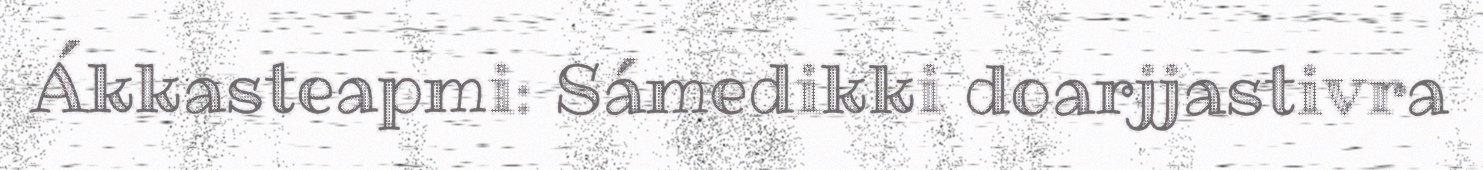
Ákkasteapmi: Sámedikki doarjjastivra